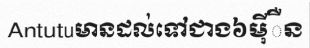
Antutuមានដល់ទៅជាង៦ម៉ីឺន